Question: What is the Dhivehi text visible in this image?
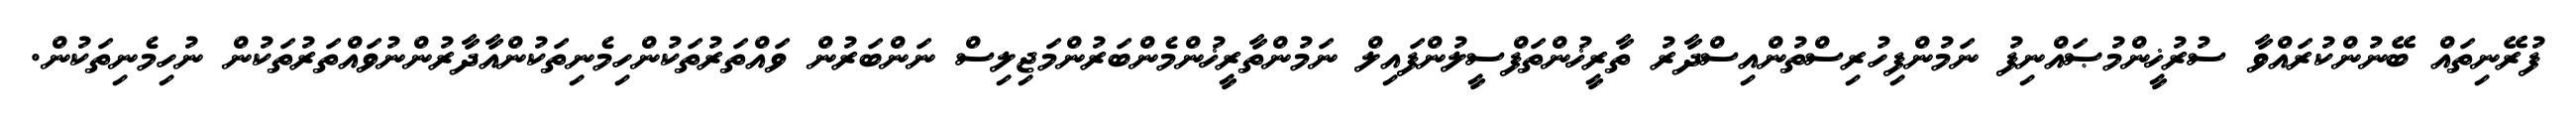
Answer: ފުރޭނިތައް ބޭނުންކުރައްވާ ސުރުޚީންމުޞައްނިފު ނަމުންފިހުރިސްތުންއިސްދާރު ތާރީޚުންތަފްސީލުންފައިލް ނަމުންތާރީޚުންމެންބަރުންމަޖިލިސް ނަންބަރުން ވައްތަރުތަކުންހިމެނިތަކުންއާދާރުންނުވައްތަރުތަކުން ނުހިމެނިތަކުން.